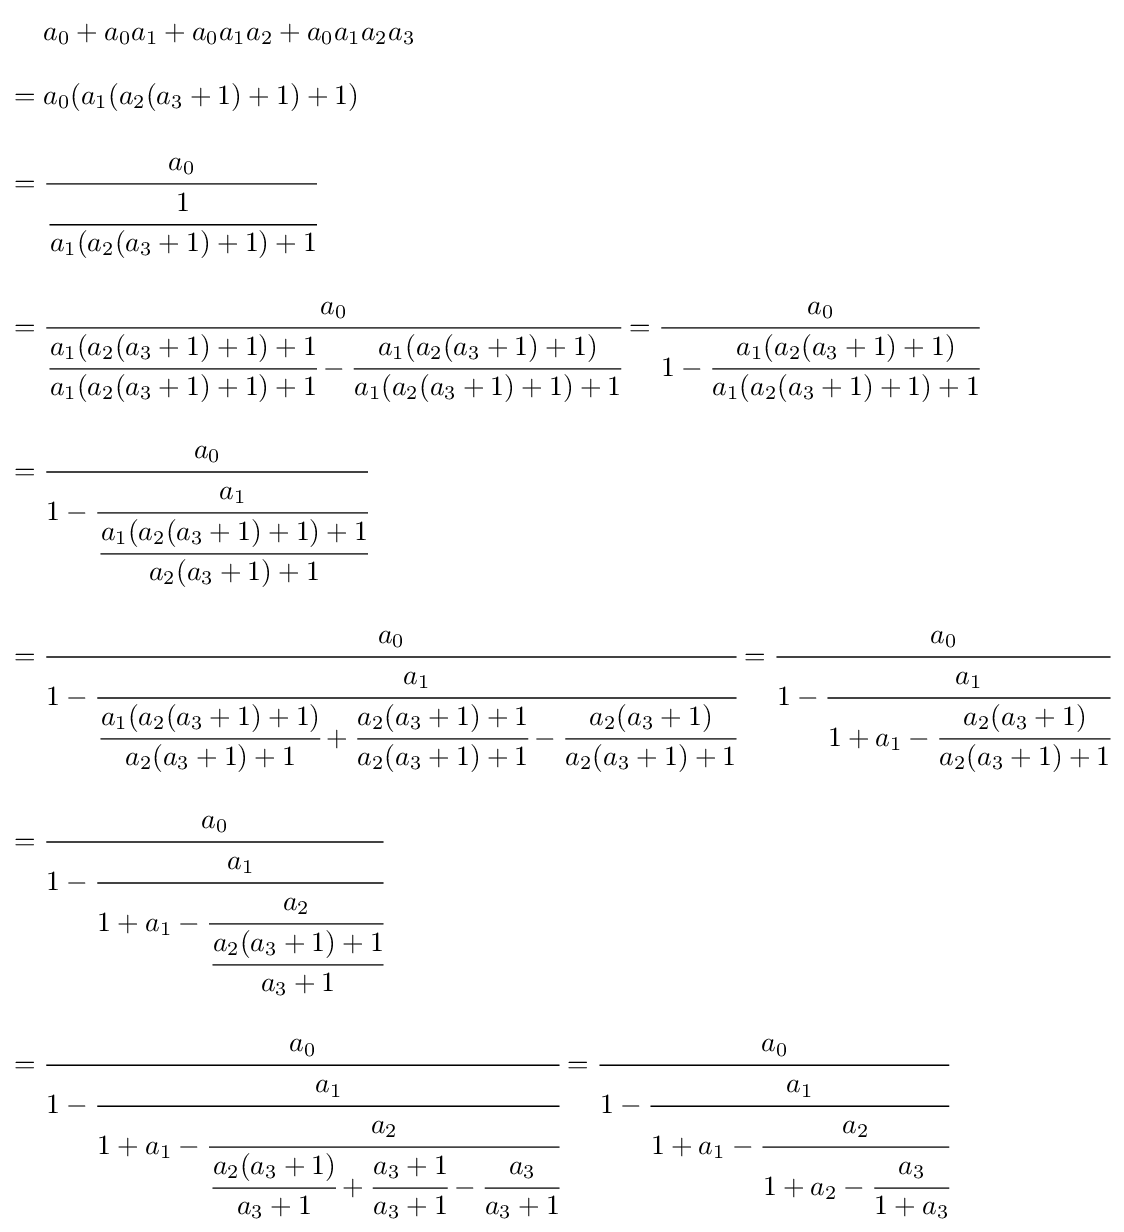
{\begin{aligned}&a_{0}+a_{0}a_{1}+a_{0}a_{1}a_{2}+a_{0}a_{1}a_{2}a_{3}\\[8pt]={}&a_{0}(a_{1}(a_{2}(a_{3}+1)+1)+1)\\[8pt]={}&{\cfrac {a_{0}}{\cfrac {1}{a_{1}(a_{2}(a_{3}+1)+1)+1}}}\\[8pt]={}&{\cfrac {a_{0}}{{\cfrac {a_{1}(a_{2}(a_{3}+1)+1)+1}{a_{1}(a_{2}(a_{3}+1)+1)+1}}-{\cfrac {a_{1}(a_{2}(a_{3}+1)+1)}{a_{1}(a_{2}(a_{3}+1)+1)+1}}}}={\cfrac {a_{0}}{1-{\cfrac {a_{1}(a_{2}(a_{3}+1)+1)}{a_{1}(a_{2}(a_{3}+1)+1)+1}}}}\\[8pt]={}&{\cfrac {a_{0}}{1-{\cfrac {a_{1}}{\cfrac {a_{1}(a_{2}(a_{3}+1)+1)+1}{a_{2}(a_{3}+1)+1}}}}}\\[8pt]={}&{\cfrac {a_{0}}{1-{\cfrac {a_{1}}{{\cfrac {a_{1}(a_{2}(a_{3}+1)+1)}{a_{2}(a_{3}+1)+1}}+{\cfrac {a_{2}(a_{3}+1)+1}{a_{2}(a_{3}+1)+1}}-{\cfrac {a_{2}(a_{3}+1)}{a_{2}(a_{3}+1)+1}}}}}}={\cfrac {a_{0}}{1-{\cfrac {a_{1}}{1+a_{1}-{\cfrac {a_{2}(a_{3}+1)}{a_{2}(a_{3}+1)+1}}}}}}\\[8pt]={}&{\cfrac {a_{0}}{1-{\cfrac {a_{1}}{1+a_{1}-{\cfrac {a_{2}}{\cfrac {a_{2}(a_{3}+1)+1}{a_{3}+1}}}}}}}\\[8pt]={}&{\cfrac {a_{0}}{1-{\cfrac {a_{1}}{1+a_{1}-{\cfrac {a_{2}}{{\cfrac {a_{2}(a_{3}+1)}{a_{3}+1}}+{\cfrac {a_{3}+1}{a_{3}+1}}-{\cfrac {a_{3}}{a_{3}+1}}}}}}}}={\cfrac {a_{0}}{1-{\cfrac {a_{1}}{1+a_{1}-{\cfrac {a_{2}}{1+a_{2}-{\cfrac {a_{3}}{1+a_{3}}}}}}}}}\end{aligned}}